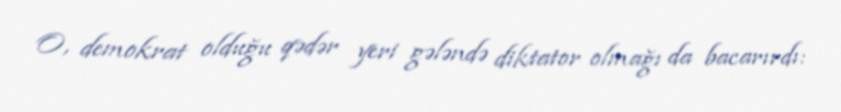
O, demokrat olduğu qədər yeri gələndə diktator olmağı da bacarırdı: